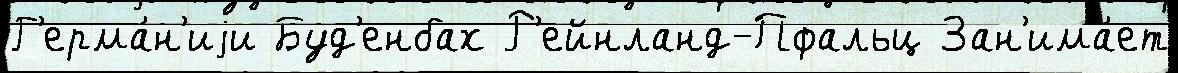
Г'ерма́н'иjи Буд'енбах Р'ейнланд-Пфальц Зан'има́ет